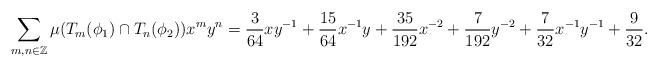
LaTeX: \begin{align*}\sum_{m,n\in\mathbb{Z}} \mu(T_m(\phi_1) \cap T_n(\phi_2)) x^my^n = \frac{3}{64} xy^{-1} + \frac{15}{64} x^{-1}y + \frac{35}{192} x^{-2} + \frac{7}{192}y^{-2} + \frac{7}{32}x^{-1}y^{-1} + \frac{9}{32}.\end{align*}